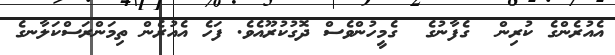
އެއުރެންގެ ކުރިން  ގެފާނުގެ  ގެމީހުންވެސް ދޮގުކުރޫއެވެ. ފަހެ އެއުރެން ތިމަންރަސްކަލާނގެ